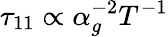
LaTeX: \tau_{11}\propto\alpha_{g}^{-2}T^{-1}